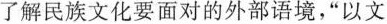
了解民族文化要面对的外部语境，“以文